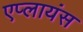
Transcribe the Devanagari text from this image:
एप्लायंस